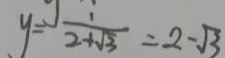
y = \frac { 1 } { 2 + \sqrt { 3 } } = 2 - \sqrt { 3 }